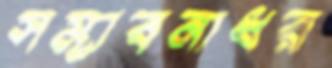
সম্ভাবনাধর